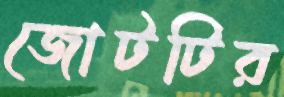
জোটটির